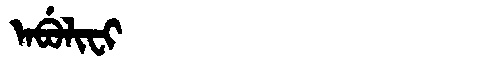
Manchu: ᠠᠪᡠᠯᡳᠸᡳ
Romanization: ABULIFI